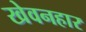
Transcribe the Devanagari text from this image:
खेवनहार